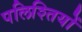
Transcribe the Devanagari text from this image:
पलिश्तियों